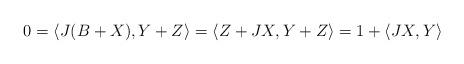
LaTeX: \begin{align*}0&{}=\langle J(B+X),Y+Z\rangle=\langle Z+JX,Y+Z\rangle=1+\langle JX,Y\rangle\end{align*}